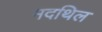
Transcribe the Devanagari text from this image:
मदथिल